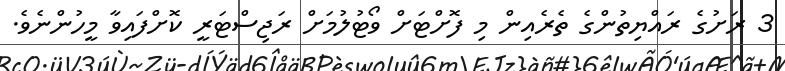
3 ރަށުގެ ރައްޔިތުންގެ ތެރެއިން މި ފޮށްޓަށް ވޯޓުލުމަށް ރަޖިސްޓަރީ ކޮށްފައިވާ މީހުންނެވެ.